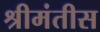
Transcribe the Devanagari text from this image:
श्रीमंतीस